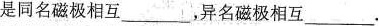
是同名磁极相互___，异名磁极相互___.